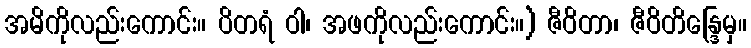
အမိကိုလည်းကောင်း။ ပိတရံ ဝါ၊ အဖကိုလည်းကောင်း။) ဇီဝိတာ၊ ဇီဝိတိန္ဒြေမှ။